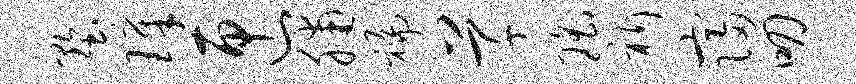
墅璋匣脯褊草瑶祈寝叨